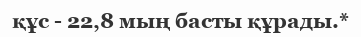
құс - 22,8 мың басты құрады.*